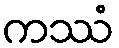
ကဿံ